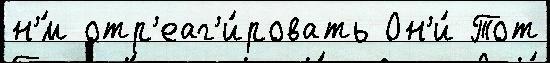
н'́м отр'еаг'и́ровать Он'и́ Тот